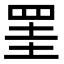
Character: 罣